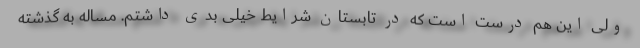
ولی این هم درست است که در تابستان شرایط خیلی بدی داشتم. مساله به گذشته